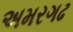
અમરગઢ